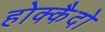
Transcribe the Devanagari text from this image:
होक्कैदो